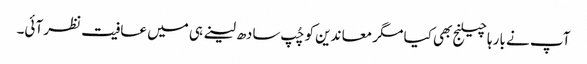
آپ نے بار ہا چیلنج بھی کیا مگر معا ندین کو چُپ سادھ لینے ہی میں عافیت نظر آئی۔